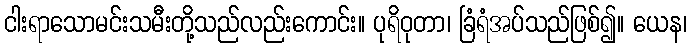
ငါးရာသောမင်းသမီးတို့သည်လည်းကောင်း။ ပုရိဝုတာ၊ ခြံရံအပ်သည်ဖြစ်၍။ ယေန၊